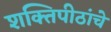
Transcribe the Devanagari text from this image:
शक्तिपीठांचे